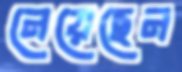
নেয়েছেন